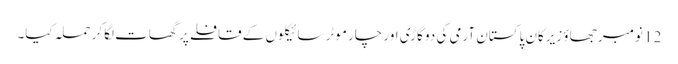
12 نومبر جھاؤ زیرکان پاکستان آرمی کی دو گاڑی اور چار موٹر سائیکلوں کے قافلے پر گھات لگاکر حملہ کیا۔